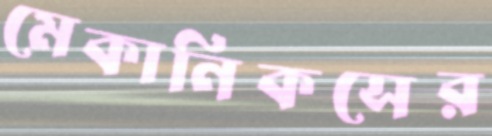
মেকানিকসের